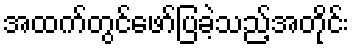
အထက်တွင်ဖော်ပြခဲ့သည့်အတိုင်း